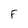
Character: F